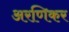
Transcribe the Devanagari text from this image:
अरणिकर